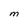
Character: M